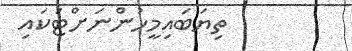
ތިޔަބައިމީހުންނަށްޓަކައި